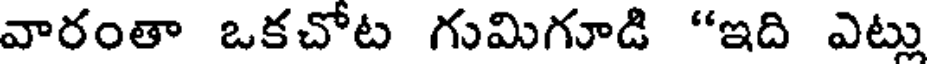
వారంతా ఒకచోట గుమిగూడి "ఇది ఎట్లు